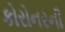
કોરોનરની